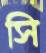
সি